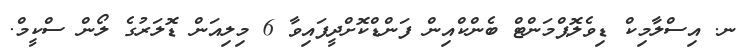
ނ. އިސްލާމިކް ޑިވެލޮޕްމަންޓް ބެންކްއިން ފަންޑްކޮށްދީފައިވާ 6 މިލިއަން ޑޮލަރުގެ ލޯން ސްކީމް.